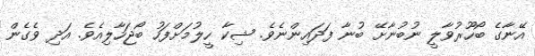
އޭނާގެ ބޯހޫރުވާލީ ނުބުނާށޭ ބުނާ ފަދައިންނެވެ. ޝިކާ ހީލުމަށްފަހު ބޯޖަހާލިއެވެ. އަދި ވެގެން